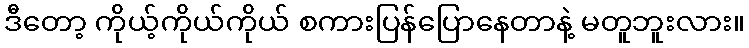
ဒီတော့ ကိုယ့်ကိုယ်ကိုယ် စကားပြန်ပြောနေတာနဲ့ မတူဘူးလား။